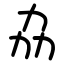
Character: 劦